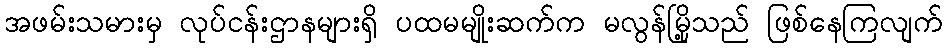
အဖမ်းသမားမှ လုပ်ငန်းဌာနများရှိ ပထမမျိုးဆက်က မလွန်မြို့သည် ဖြစ်နေကြလျက်